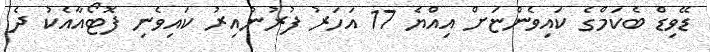
ޑޭވިޑް ބެކަމްގެ ކައިވެންޏަށް އިއްޔެ 17 އަހަރު ފުރުނުއިރު ކައިވެނި ފޮޓޯއާއެކު ދެ